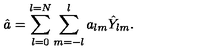
\hat { a } = \sum _ { l = 0 } ^ { l = N } \sum _ { m = - l } ^ { l } a _ { l m } \hat { Y } _ { l m } .